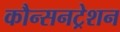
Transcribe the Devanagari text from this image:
कौन्सनट्रेशन